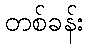
တစ်ခန်း